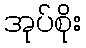
အုပ်စိုး